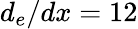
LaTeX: d_{e}/dx=12